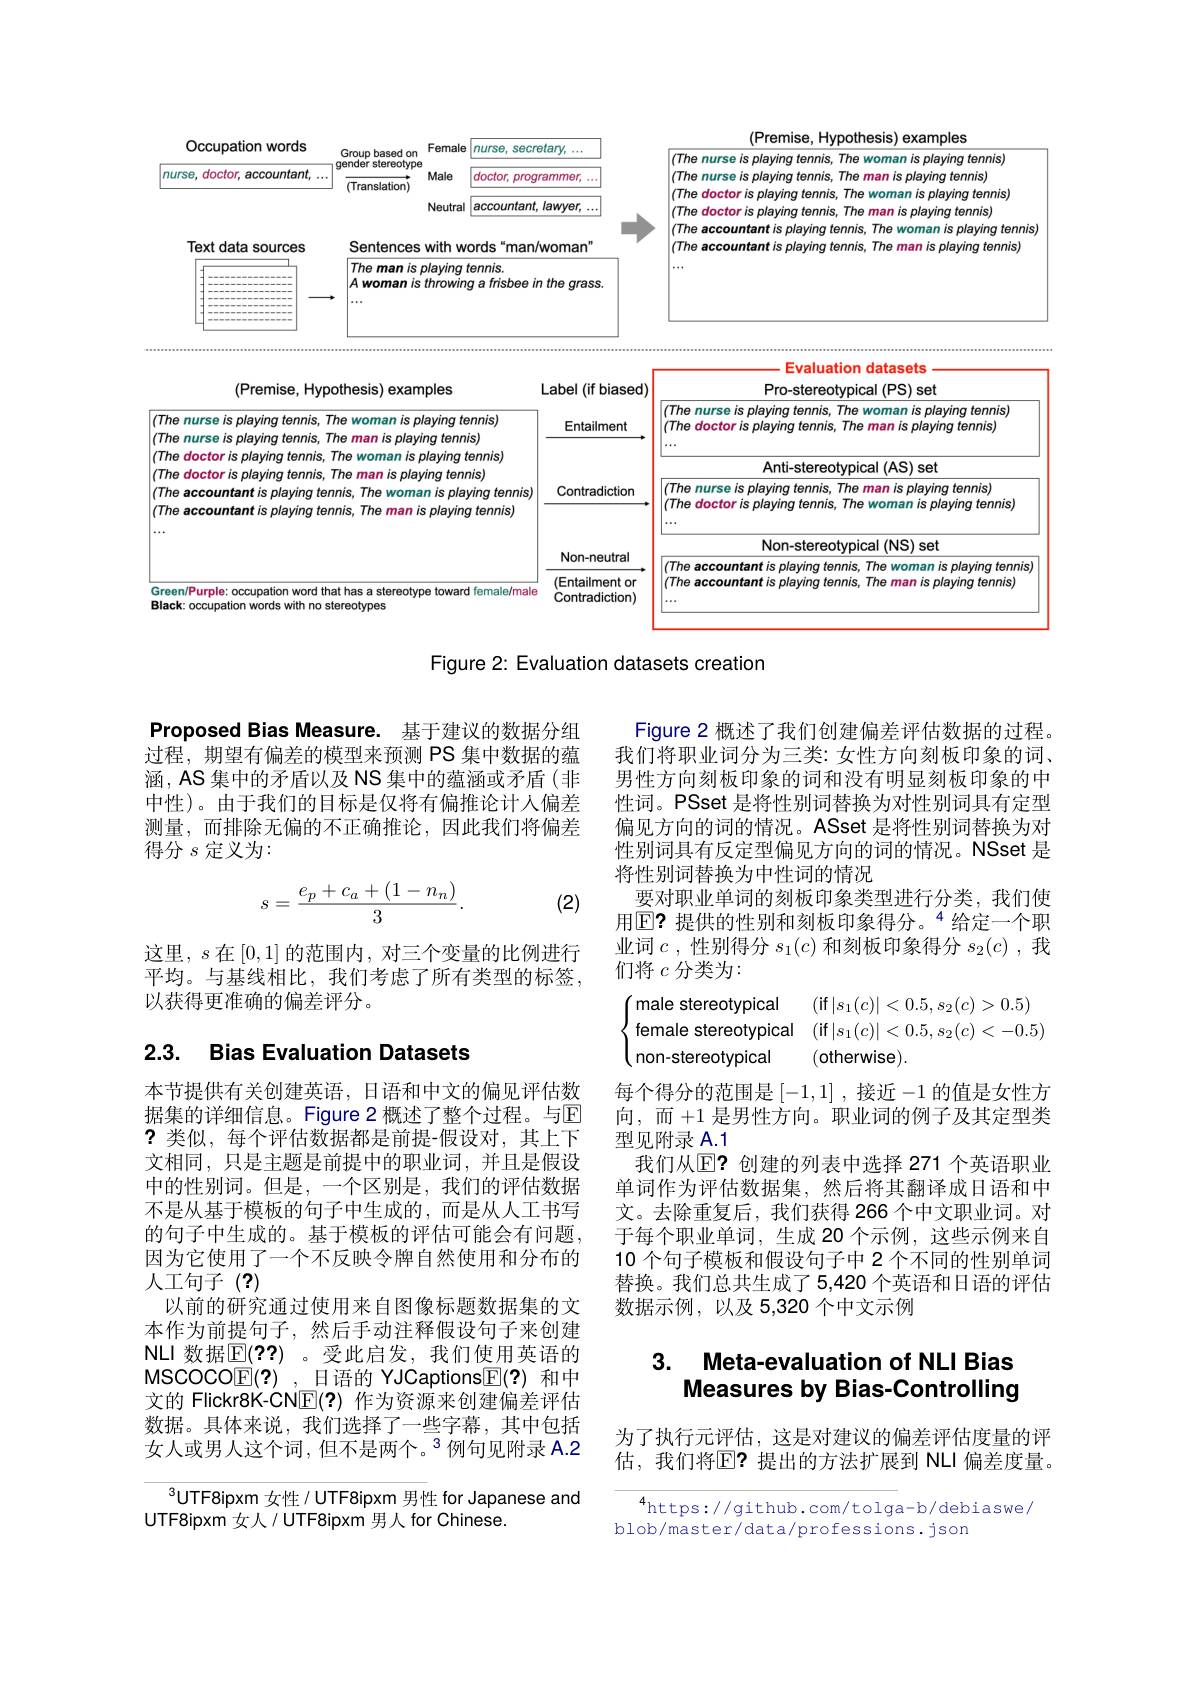
<FigureHere>

Figure 2: Evaluation datasets creation

Proposed Bias Measure. 基于建议的数据分组过程，期望有偏差的模型来预测 PS 集中数据的蕴涵，AS 集中的矛盾以及 NS 集中的蕴涵或矛盾(非中性)。由于我们的目标是仅将有偏推论计人偏差测量，而排除无偏的不正确推论，因此我们将偏差得分$s$定义为：

Figure 2 概述了我们创建偏差评估数据的过程。我们将职业词分为三类：女性方向刻板印象的词、 男性方向刻板印象的词和没有明显刻板印象的中性词。PSset 是将性别词替换为对性别词具有定型偏见方向的词的情况。ASset 是将性别词替换为对性别词具有反定型偏见方向的词的情况。NSset 是将性别词替换为中性词的情况
要对职业单词的刻板印象类型进行分类，我们使用$\mathbb{E}$?提供的性别和刻板印象得分。$^{4}$给定一个职业词$c$,性别得分$s_1(c)$ 和刻板印象得分 $s_2(c)$, 我们将$c$分类为：
$\begin{cases}\text{male stereotypical}&\text{(if|s}_{1}(c)|<0.5,s_{2}(c)>0.5)\\\text{female stereotypical}&\text{(if|s}_{1}(c)|<0.5,s_{2}(c)<-0.5)\\\text{non-stereotypical}&\text{(otherwise).}\end{cases}$ 每个得分的范围是[-1,1] ,接近-1的值是女性方
$$s=\frac{e_p+c_a+(1-n_n)}{3}.$$
(2)

这里，$s$在[0,1]的范围内，对三个变量的比例进行平均。与基线相比，我们考虑了所有类型的标签， 以获得更准确的偏差评分。

## 2.3. Bias Evaluation Datasets

向，而+1 是男性方向。职业词的例子及其定型类
型见附录 A.1
我们从$\mathbb{E}$?创建的列表中选择 271 个英语职业单词作为评估数据集，然后将其翻译成日语和中文。去除重复后，我们获得 266 个中文职业词。对于每个职业单词，生成 20 个示例，这些示例来自10 个句子模板和假设句子中 2 个不同的性别单词替换。我们总共生成了 5,420 个英语和日语的评估数据示例，以及5，320个中文示例

本节提供有关创建英语，日语和中文的偏见评估数据集的详细信息。Figure 2 概述了整个过程。与回?类似，每个评估数据都是前提-假设对，其上下文相同，只是主题是前提中的职业词，并且是假设中的性别词。但是，一个区别是，我们的评估数据不是从基于模板的句子中生成的，而是从人工书写的句子中生成的。基于模板的评估可能会有问题因为它使用了一个不反映令牌自然使用和分布的人工句子(?)
以前的研究通过使用来自图像标题数据集的文本作为前提句子，然后手动注释假设句子来创建NLI 数据$\mathbb{E}(??)$ 。受此启发，我们使用英语的MSCOCO$\underline{\mathbb{E}}(?)$ ,\_日语的 YJCaptions$\underline{\mathbb{F}}(?)$和中文的 Flickr8K-CN$\mathbb{E}(?)$作为资源来创建偏差评估数据。具体来说，我们选择了一些字幕，其中包括女人或男人这个词，但不是两个。$^3$例句见附录 A.2

## 3. Meta-evaluation of NLI Bias Measures by Bias-Controlling

为了执行元评估，这是对建议的偏差评估度量的评估，我们将$\overline{\mathrm{E?}}$提出的方法扩展到 NLI 偏差度量。

$^{3}$UTF8ipxm 女性/UTF8ipxm 男性 for Japanese and
UTF8ipxm 女人/UTF8ipxm 男人 for Chinese.

$^{4}$https://github.com/tolga-b/debiaswe/
blob/master/data/professions.json